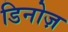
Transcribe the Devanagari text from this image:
डिनोज़